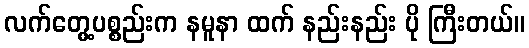
လက်တွေ့ပစ္စည်းက နမူနာ ထက် နည်းနည်း ပို ကြီးတယ်။